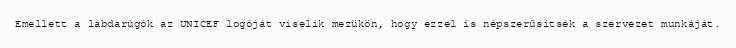
Emellett a labdarúgók az UNICEF logóját viselik mezükön, hogy ezzel is népszerűsítsék a szervezet munkáját.